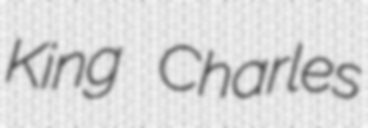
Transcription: King Charles